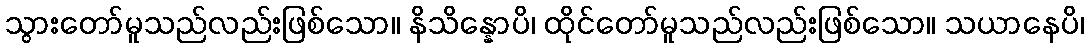
သွားတော်မူသည်လည်းဖြစ်သော။ နိသိန္နောပိ၊ ထိုင်တော်မူသည်လည်းဖြစ်သော။ သယာနေပိ၊